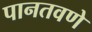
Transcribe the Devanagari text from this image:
पानतवणे